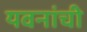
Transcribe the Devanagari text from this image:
यवनांची